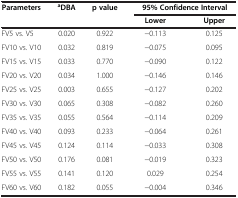
| Parameters | aDBA | p value | <COLSPAN=2> 95% Confidence Interval |
 |  |  |  | Lower | Upper |
 | --- | --- | --- | --- | --- |
 | FV5 vs. V5 | 0.020 | 0.922 | −0.113 | 0.125 |
 | FV10 vs. V10 | 0.032 | 0.819 | −0.075 | 0.095 |
 | FV15 vs. V15 | 0.033 | 0.770 | −0.090 | 0.122 |
 | FV20 vs. V20 | 0.034 | 1.000 | −0.146 | 0.146 |
 | FV25 vs. V25 | 0.003 | 0.655 | −0.127 | 0.202 |
 | FV30 vs. V30 | 0.065 | 0.308 | −0.082 | 0.260 |
 | FV35 vs. V35 | 0.055 | 0.564 | −0.114 | 0.209 |
 | FV40 vs. V40 | 0.093 | 0.233 | −0.064 | 0.261 |
 | FV45 vs. V45 | 0.124 | 0.114 | −0.033 | 0.308 |
 | FV50 vs. V50 | 0.176 | 0.081 | −0.019 | 0.323 |
 | FV55 vs. V55 | 0.141 | 0.120 | 0.029 | 0.254 |
 | FV60 vs. V60 | 0.182 | 0.055 | −0.004 | 0.346 |